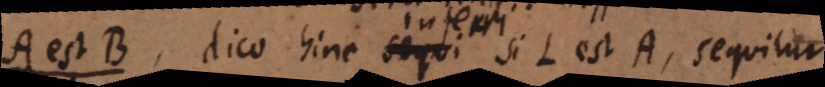
A est B, dico hinc sequi si L est A, sequitur